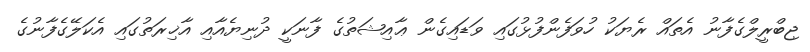
ޖިބްރީލްގެފާނު އެތައް ރެޔަކު ހުވަފެންފުޅުގައި ވަޑައިގެން ޢާއިޝަތުގެ ފާނަކީ ދުނިޔެއާއި އާޚިރަތުގައި އެކަލޭގެފާނުގެ